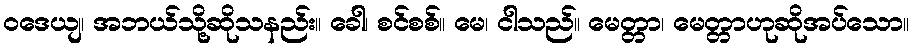
ဝဒေယျ၊ အဘယ်သို့ဆိုသနည်း။ ခေါ၊ စင်စစ်။ မေ၊ ငါသည်။ မေတ္တာ၊ မေတ္တာဟုဆိုအပ်သော။